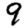
Digit: 9